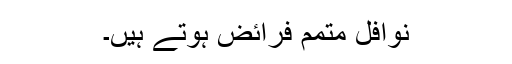
نوافل متمم فرائض ہوتے ہیں۔